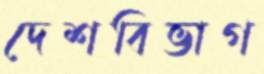
দেশবিভাগ